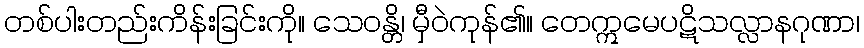
တစ်ပါးတည်းကိန်းခြင်းကို။ သေဝန္တိ၊ မှီဝဲကုန်၏။ တေဣမေပဋိသလ္လာနဂုဏာ၊